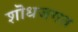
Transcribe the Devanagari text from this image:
शॊधजगत